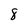
Character: 8